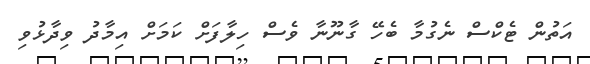
އަތުން ޓެކްސް ނެގުމާ ބެހޭ ގާނޫނާ ވެސް ހިލާފަށް ކަމަށް އިމާދު ވިދާޅުވި